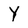
Character: Y